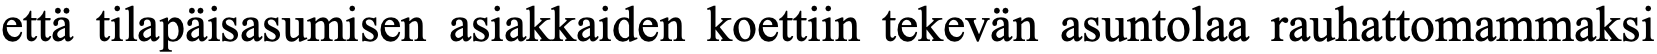
että tilapäisasumisen asiakkaiden koettiin tekevän asuntolaa rauhattomammaksi